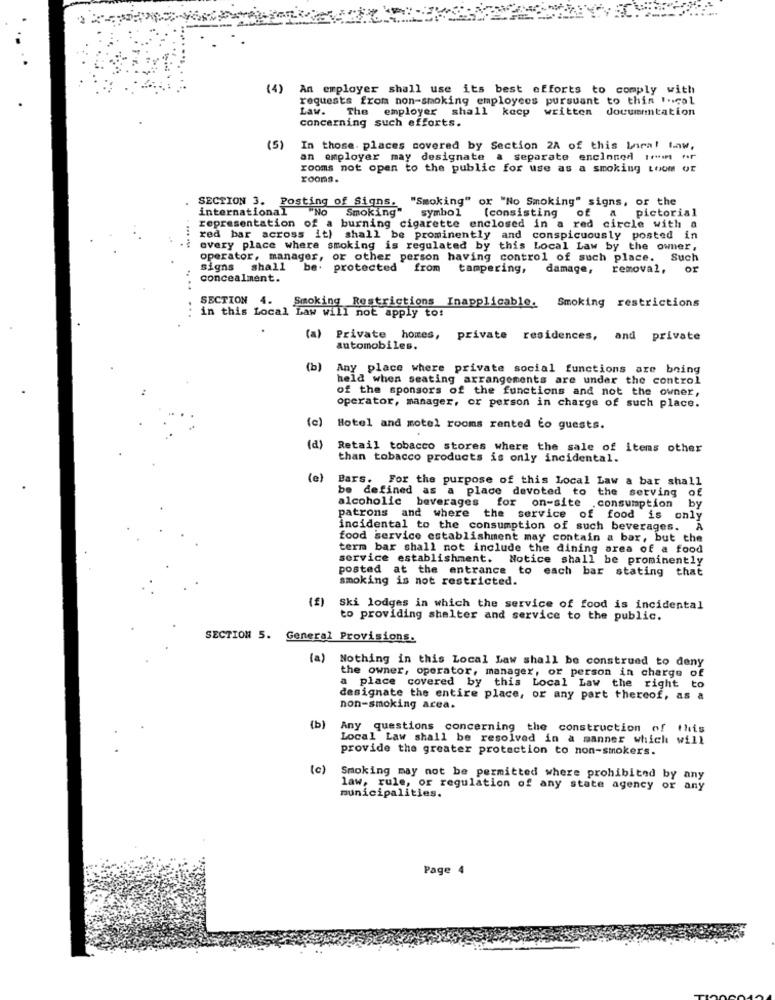
(4)
An employer shall use its best efforts to comply with
requests from non-smoking employees pursuant to thin 1.ical
Law.
The employer shall
kacp
written
documentation
concerning such efforts.
(5)
In those. places covered by Section 2A of this Lnral law,
an employer may designate a separate enclosed trin Ar
rooms not open to the public for use as a smoking toom or
rooms.
SECTION 3. Posting of Signs.
"Smoking" or "No Smoking" signs, or the
international
UNO
Smoking"
symbol
(consisting
of a
pictorial
representation of a burning
a burning cigarette enclosed in a red circle with a
red bar across it) shall be prominently and conspicuously posted in
every place where smoking is regulated by this Local Law by the owner,
operator, manager, or other person having control of such place. Such
signs shall
be+
protected from tampering, damage, removal,
or
concealment.
SECTION
4.
Smoking Restrictions Inapplicable. Smoking restrictions
in this Local Law will not apply to:
(a) Private homes,
private residences, and private
automobiles.
(b]
Any place where private social functions are being
held when seating arrangements are under the control
of the sponsors of the functions and not the owner,
operator, manager, or person in charge of such place.
(c)
Hotel and motel rooms rented to guests.
(a)
Retail tobacco stores where the sale of items other
than tobacco products is only incidental.
(e)
Bars. For the purpose of this Local Law a bar shall
be defined as a place devoted to the serving of
alcoholic beverages for on-site .consumption by
patrons and where the service of food is only
incidental to the consumption of such beverages. A
food service establishment may contain a bar, but the
term bar shall not include the dining area of a food
service establishment. Notice shall be prominently
posted at the entrance to each bar stating that
smoking is not restricted.
(£)
Ski lodges in which the service of food is incidental
to providing shelter and service to the public.
SECTION 5. General Provisions.
(a)
Nothing in this Local Law shall be construed to deny
the owner, operator, manager, or person in charge of
a place covered by this Local Law the right to
designate the entire place, or any part thereof, as a
non-smoking acea.
(b)
Any questions concerning the construction of this
Local Law shall be resolved in a manner which will
provide the greater protection to non-smokers.
(c)
Smoking may not be permitted where prohibited by any
municipalities.
law, rule, or regulation of any state agency or any
Page 4